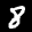
Label: 8